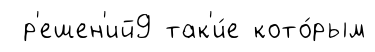
р'ешен'ий9 так'и́е кото́рым